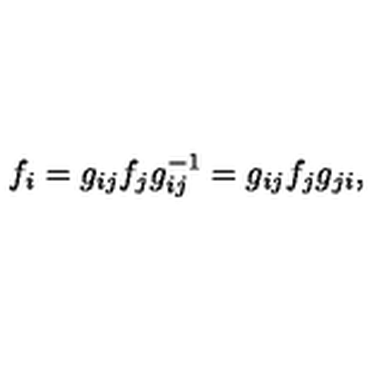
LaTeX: f _ { i } = g _ { i j } f _ { j } g _ { i j } ^ { - 1 } = g _ { i j } f _ { j } g _ { j i } ,